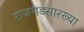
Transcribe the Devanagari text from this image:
राजगडसारख्या